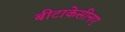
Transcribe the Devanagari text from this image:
बीटाकेसीनए